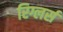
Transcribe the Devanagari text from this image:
रिग्लर्स